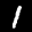
Label: 1